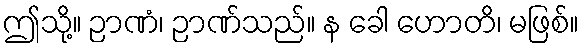
ဤသို့။ ဉာဏံ၊ ဉာဏ်သည်။ န ခေါ ဟောတိ၊ မဖြစ်။